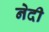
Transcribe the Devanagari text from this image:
नेदी